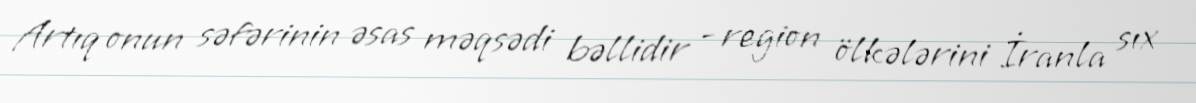
Artıq onun səfərinin əsas məqsədi bəllidir - region ölkələrini İranla sıx